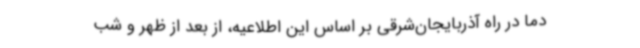
دما در راه آذربایجان‌شرقی بر اساس این اطلاعیه، از بعد از ظهر و شب